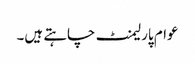
عوام پارلیمنٹ چاہتے ہیں۔